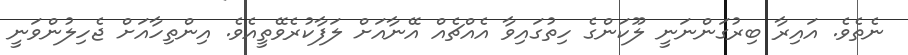
ނެތެވެ. އައިރާ ބިރުގަންނަނީ ލޫކަންގެ ހިތުގައިވާ އެއްޗެއް އޭނާއަށް ލަފާކުރެވޭތީއެވެ. އިންތިހާއަށް ޖެހިލުންވަނީ